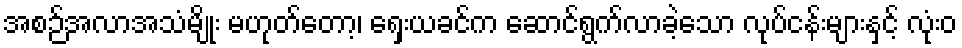
အစဉ်အလာအသံမျိုး မဟုတ်တော့၊ ရှေးယခင်က ဆောင်ရွက်လာခဲ့သော လုပ်ငန်းများနှင့် လုံးဝ